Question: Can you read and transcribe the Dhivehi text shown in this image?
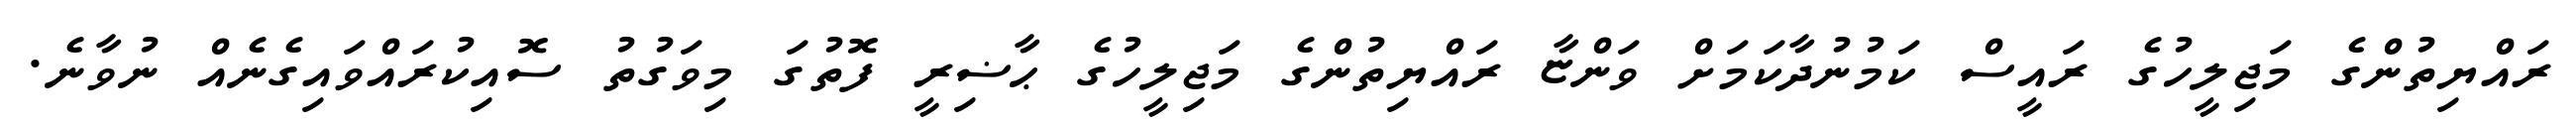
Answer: ރައްޔިތުންގެ މަޖިލީހުގެ ރައީސް ކަމުނުދާކަމަށް ވަންޏާ ރައްޔިތުންގެ މަޖިލީހުގެ ޙާޟިރީ ފޮތުގަ މިވަގުތު ސޮއިކުރައްވައިގެނެއް ނުވާނެ.